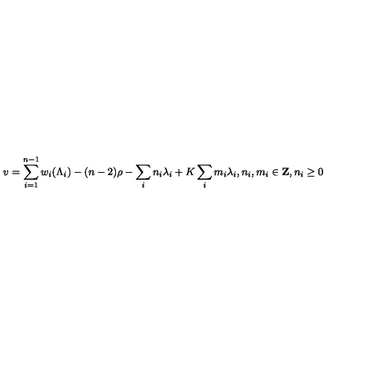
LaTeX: v = \sum _ { i = 1 } ^ { n - 1 } w _ { i } ( \Lambda _ { i } ) - ( n - 2 ) \rho - \sum _ { i } n _ { i } \lambda _ { i } + K \sum _ { i } m _ { i } \lambda _ { i } , n _ { i } , m _ { i } \in { \bf Z } , n _ { i } \geq 0